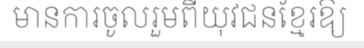
មានការចូលរួមពីយុវជនខ្មែរឱ្យ